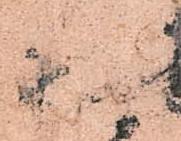
様